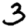
Digit: 3